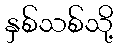
နှစ်သစ်သို့